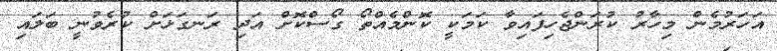
އަހަރުމެން މިހާރު ކުރަންޖެހިފައިވާ ކަމަކީ ކޮންމެއްތޯ ގޯސްކޮށް އަދި ރަނގަޅަށް ކުރެވުނީ ބަލައި